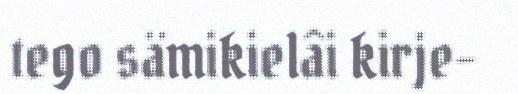
tego sämikielâi kirje-